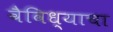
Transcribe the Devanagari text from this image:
वैविध्याचा